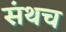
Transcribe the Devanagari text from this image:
संथच